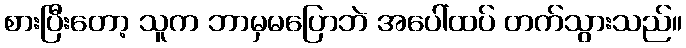
စားပြီးတော့ သူက ဘာမှမပြောဘဲ အပေါ်ထပ် တက်သွားသည်။